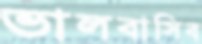
ভালবাসিব